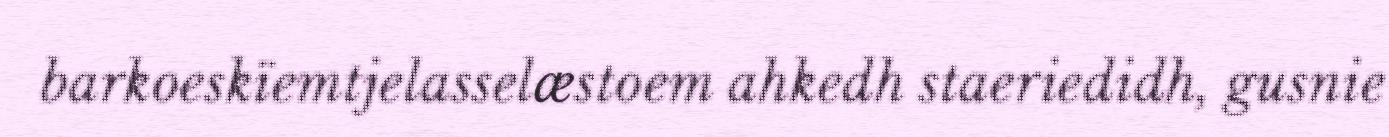
barkoeskïemtjelasselæstoem ahkedh staeriedidh, gusnie